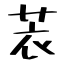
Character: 䒾